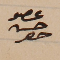
عضو حسن حصِر